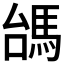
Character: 𩢠